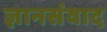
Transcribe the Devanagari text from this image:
ज्ञानसंवाद